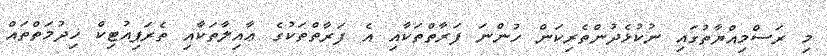
މި ރަސްމިއްޔާތުގައި ނުކުޅެދުންތެރިކަން ހުންނަ ފަރާތްތަކާއި އެ ފަރާތްތަކުގެ ޢާއިލާތަކާއި ތެރަޕިއުޓިކް ޚިދުމަތްތައް